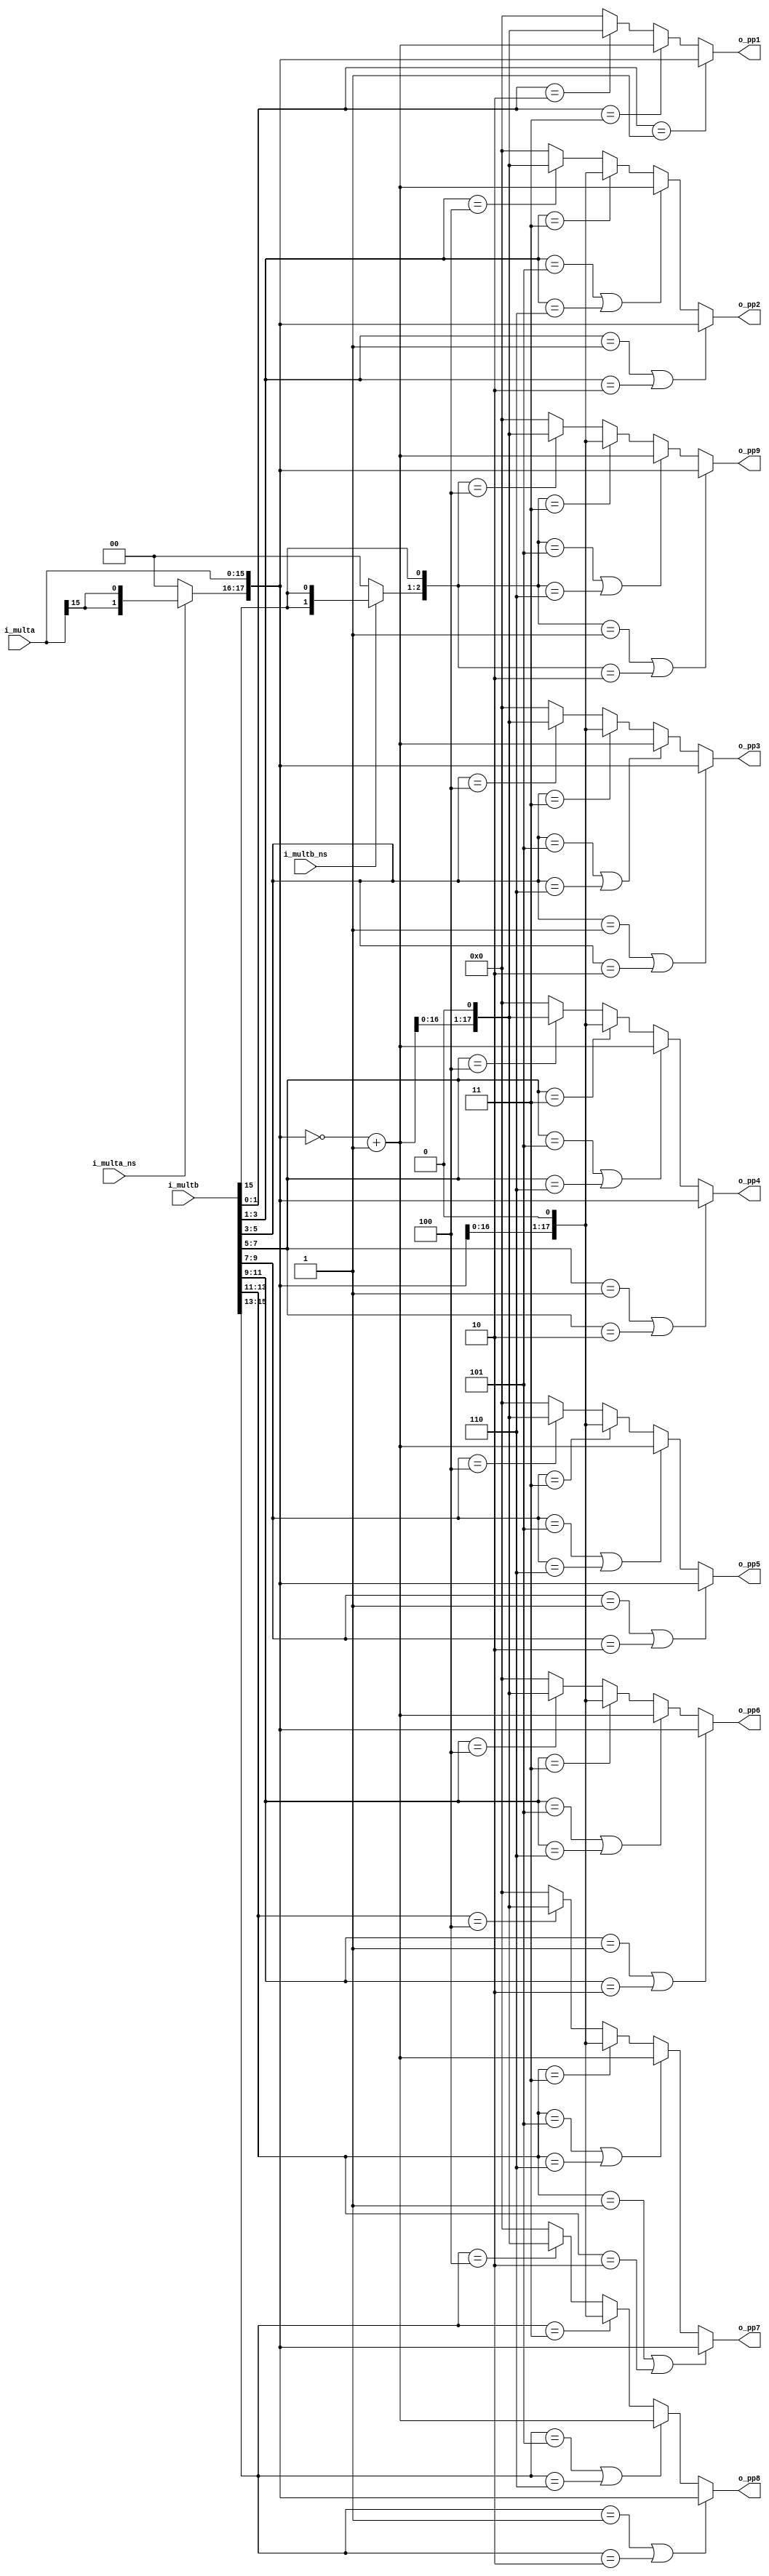
`timescale 1ns/1ps

module booth_r4_16x16 
(
  input  wire        i_multa_ns, // 0-multa is unsigned, 1-multa is signed
  input  wire        i_multb_ns, // 0-multb is unsigned, 1-multb is signed
  input  wire [15:0] i_multa   , // Multiplicand
  input  wire [15:0] i_multb   , // Multipler
  output wire [17:0] o_pp1     , // partial products
  output wire [17:0] o_pp2     ,
  output wire [17:0] o_pp3     ,
  output wire [17:0] o_pp4     ,
  output wire [17:0] o_pp5     ,
  output wire [17:0] o_pp6     ,
  output wire [17:0] o_pp7     ,
  output wire [17:0] o_pp8     ,
  output wire [17:0] o_pp9 
);

// sign bit extend, for unsigned operator extended by 0, for signed operator extended by orignal sign bit
wire [1:0] sig_exta = ~i_multa_ns ? 2'b00 : {2{i_multa[15]}};
wire [1:0] sig_extb = ~i_multb_ns ? 2'b00 : {2{i_multb[15]}};

// generat -x, -2x, 2x for Booth encoding
wire [17:0] x     =  {sig_exta, i_multa};
wire [17:0] x_c   = ~x + 1;    // -x, complement code of x
wire [17:0] xm2   =  x << 1;   // 2*x
wire [17:0] x_cm2 =  x_c << 1; // -2*x

//        18 17         [16 15 14 13 12 11 10 9 8 7 6 5 4 3 2 1]     0  
//        |---|          |------------------------------------|      |
// extended sign bits              orignal operator             appended bit for encoding
wire [18:0] y     =  {sig_extb, i_multb, 1'b0};

// calculating partial product based on Booth Radix-4 encoding
wire [17:0] pp[8:0];
generate
  genvar i;
  for(i=0; i<18; i=i+2) begin : GEN_PP
    assign pp[i/2] = (y[i+2:i] == 3'b001 || y[i+2:i] == 3'b010) ? x     :
                     (y[i+2:i] == 3'b101 || y[i+2:i] == 3'b110) ? x_c   :
        	     (y[i+2:i] == 3'b011                      ) ? xm2   :
        	     (y[i+2:i] == 3'b100                      ) ? x_cm2 : 18'b0;
  end
endgenerate
assign o_pp1   = pp[0];
assign o_pp2   = pp[1];
assign o_pp3   = pp[2];
assign o_pp4   = pp[3];
assign o_pp5   = pp[4];
assign o_pp6   = pp[5];
assign o_pp7   = pp[6];
assign o_pp8   = pp[7];
assign o_pp9   = pp[8];

endmodule